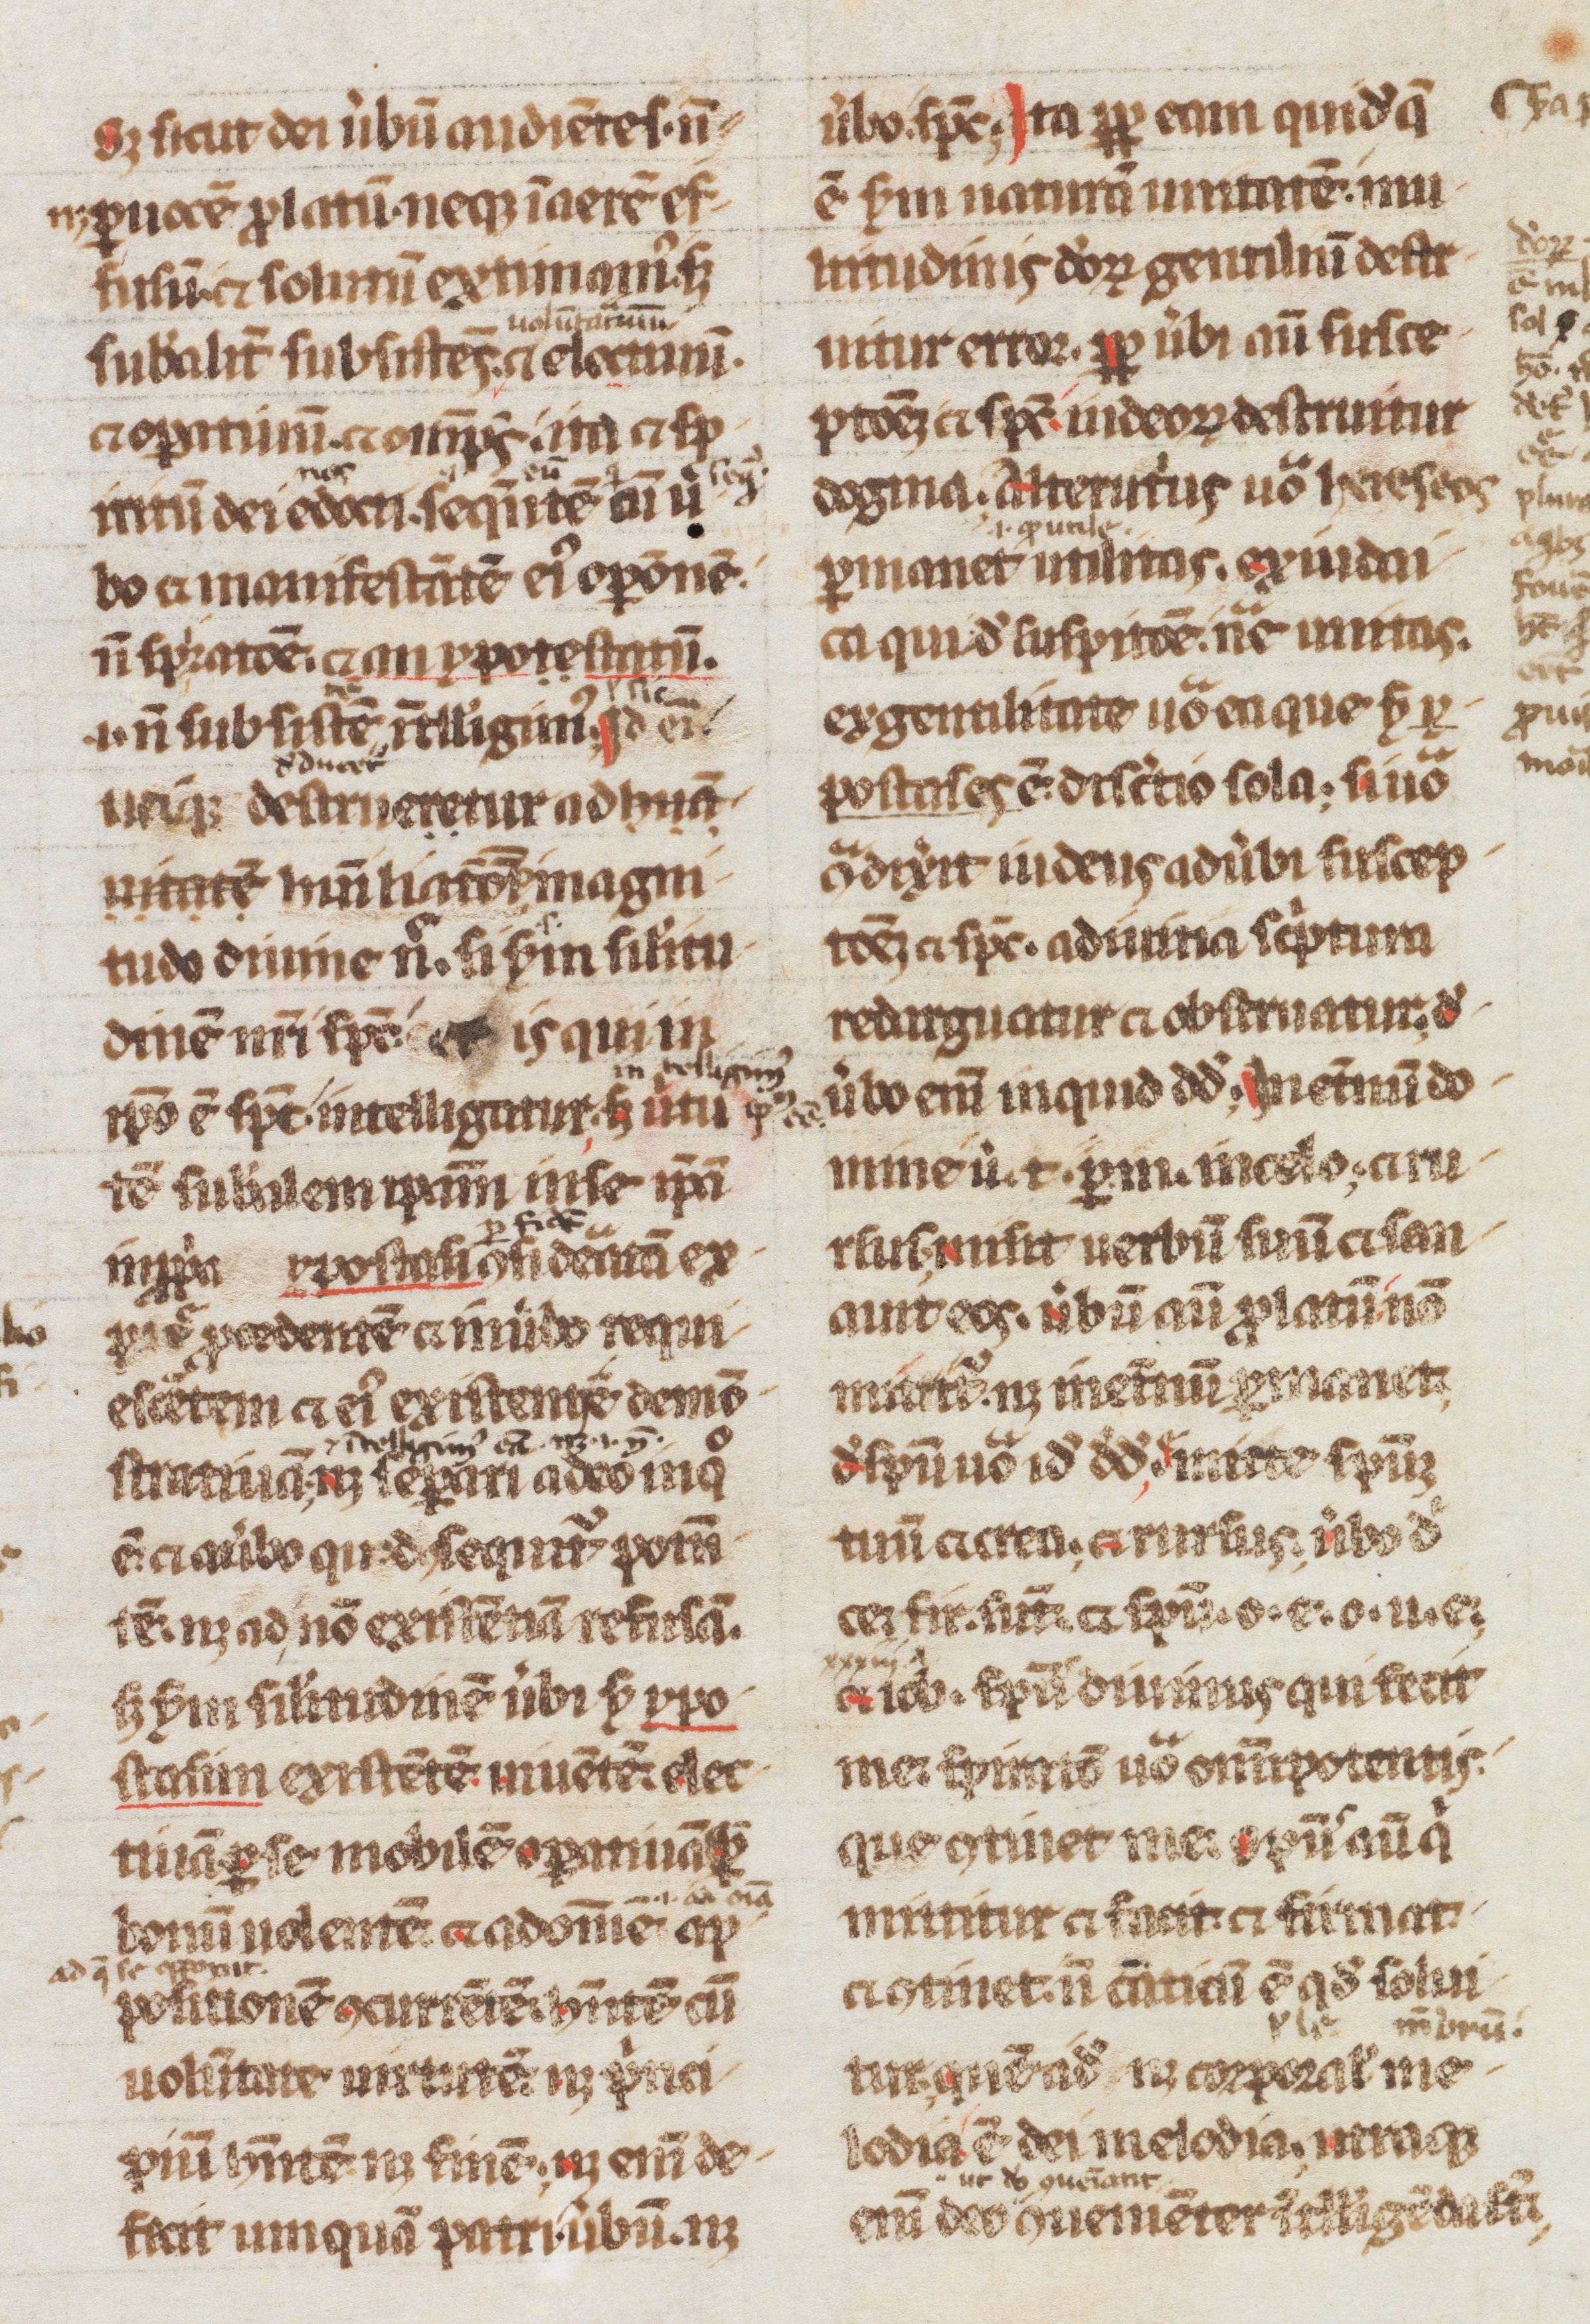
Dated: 1200–1299